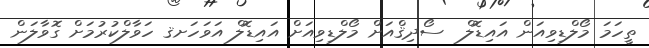
ތީހަމަ މޯލްޑިވިއަން އައިޑޮލް  ސޯދިޤްއަށް މޯލްޑިވިއަށް އައިޑޮލް އަވަހަށޤ ހަވާލްކުރުމަށް ގޮވާލަން